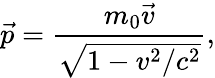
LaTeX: {\vec{p}}={\frac{m_{0}{\vec{v}}}{\sqrt{1-v^{2}/c^{2}}}},